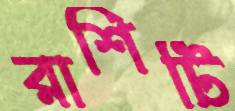
রাশিটি